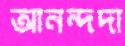
আনন্দদা